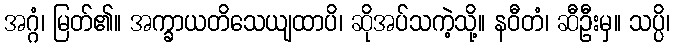
အဂ္ဂံ၊ မြတ်၏။ အက္ခာယတိသေယျထာပိ၊ ဆိုအပ်သကဲ့သို့။ နဝီတံ၊ ဆီဦးမှ။ သပ္ပိ၊